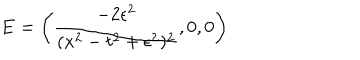
{ \bf E } = \left( \frac { - 2 \epsilon ^ { 2 } } { ( x ^ { 2 } - t ^ { 2 } + \epsilon ^ { 2 } ) ^ { 2 } } , 0 , 0 \right)